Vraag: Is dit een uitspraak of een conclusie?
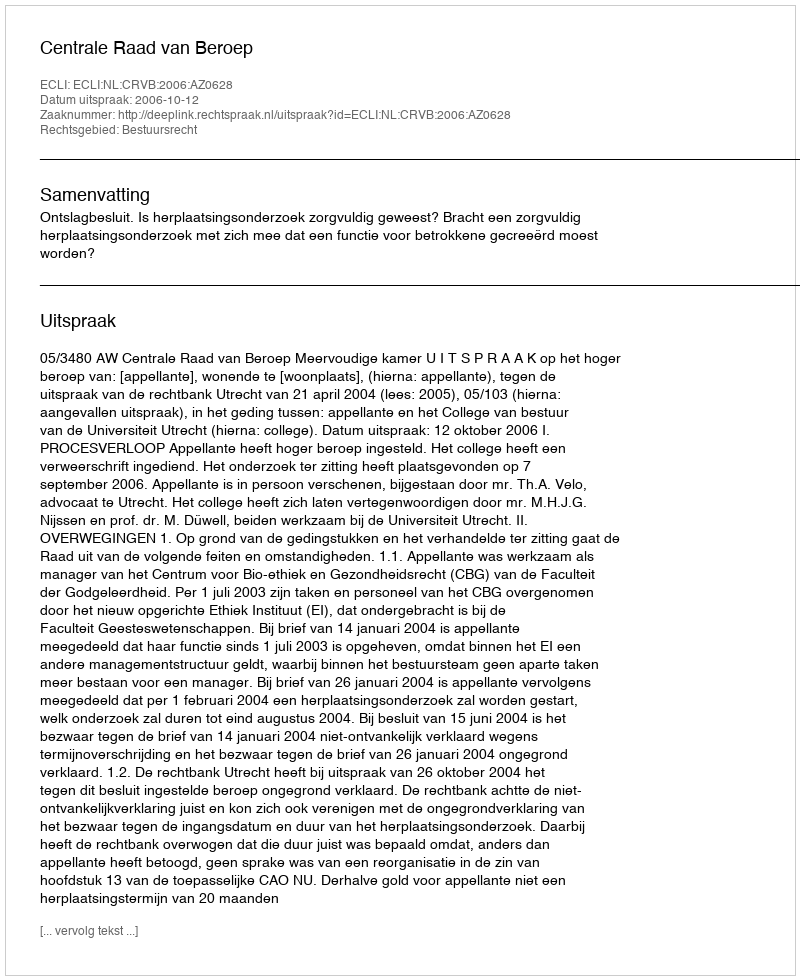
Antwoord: Uitspraak